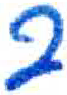
אות: פ